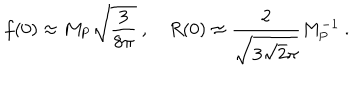
f ( 0 ) \approx M _ { \mathrm { P } } \sqrt { \frac { 3 } { 8 \pi } } \ , ~ R ( 0 ) \approx { \frac { 2 } { \sqrt { 3 \sqrt 2 \pi } } } M _ { \mathrm { P } } ^ { - 1 } \ .